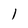
Character: 1